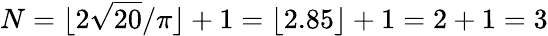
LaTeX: N=\lfloor 2{\sqrt{20}}/\pi\rfloor+1=\lfloor 2.85\rfloor+1=2+1=3